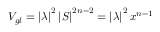
V _ { g l } = \left| \lambda \right| ^ { 2 } \left| S \right| ^ { 2 n - 2 } = \left| \lambda \right| ^ { 2 } x ^ { n - 1 }